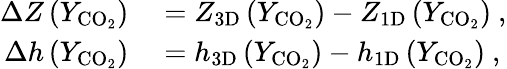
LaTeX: \begin{array}{rl}{\Delta Z\left(Y_{\mathrm{CO_{2}}}\right)}&{{}=Z_{\mathrm{3D}}\left(Y_{\mathrm{CO_{2}}}\right)-Z_{\mathrm{1D}}\left(Y_{\mathrm{CO_{2}}}\right)\ ,}\\ {\Delta h\left(Y_{\mathrm{CO_{2}}}\right)}&{{}=h_{\mathrm{3D}}\left(Y_{\mathrm{CO_{2}}}\right)-h_{\mathrm{1D}}\left(Y_{\mathrm{CO_{2}}}\right)\ ,}\end{array}